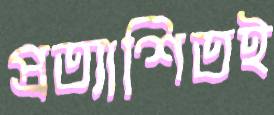
প্রত্যাশিতই